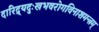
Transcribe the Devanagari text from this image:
दारिद्र्यदुःखभवरोगविनाशमन्त्रम्